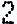
2